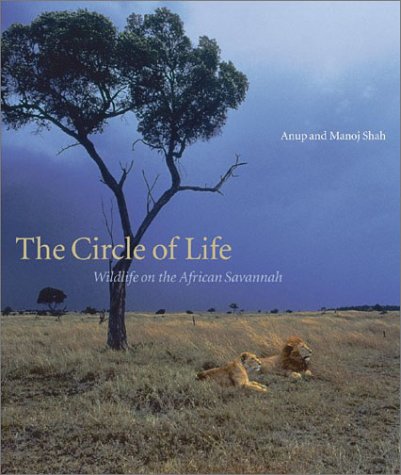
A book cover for The Circle of life: Wildlife on the African Savannah; Anup Shah; Travel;